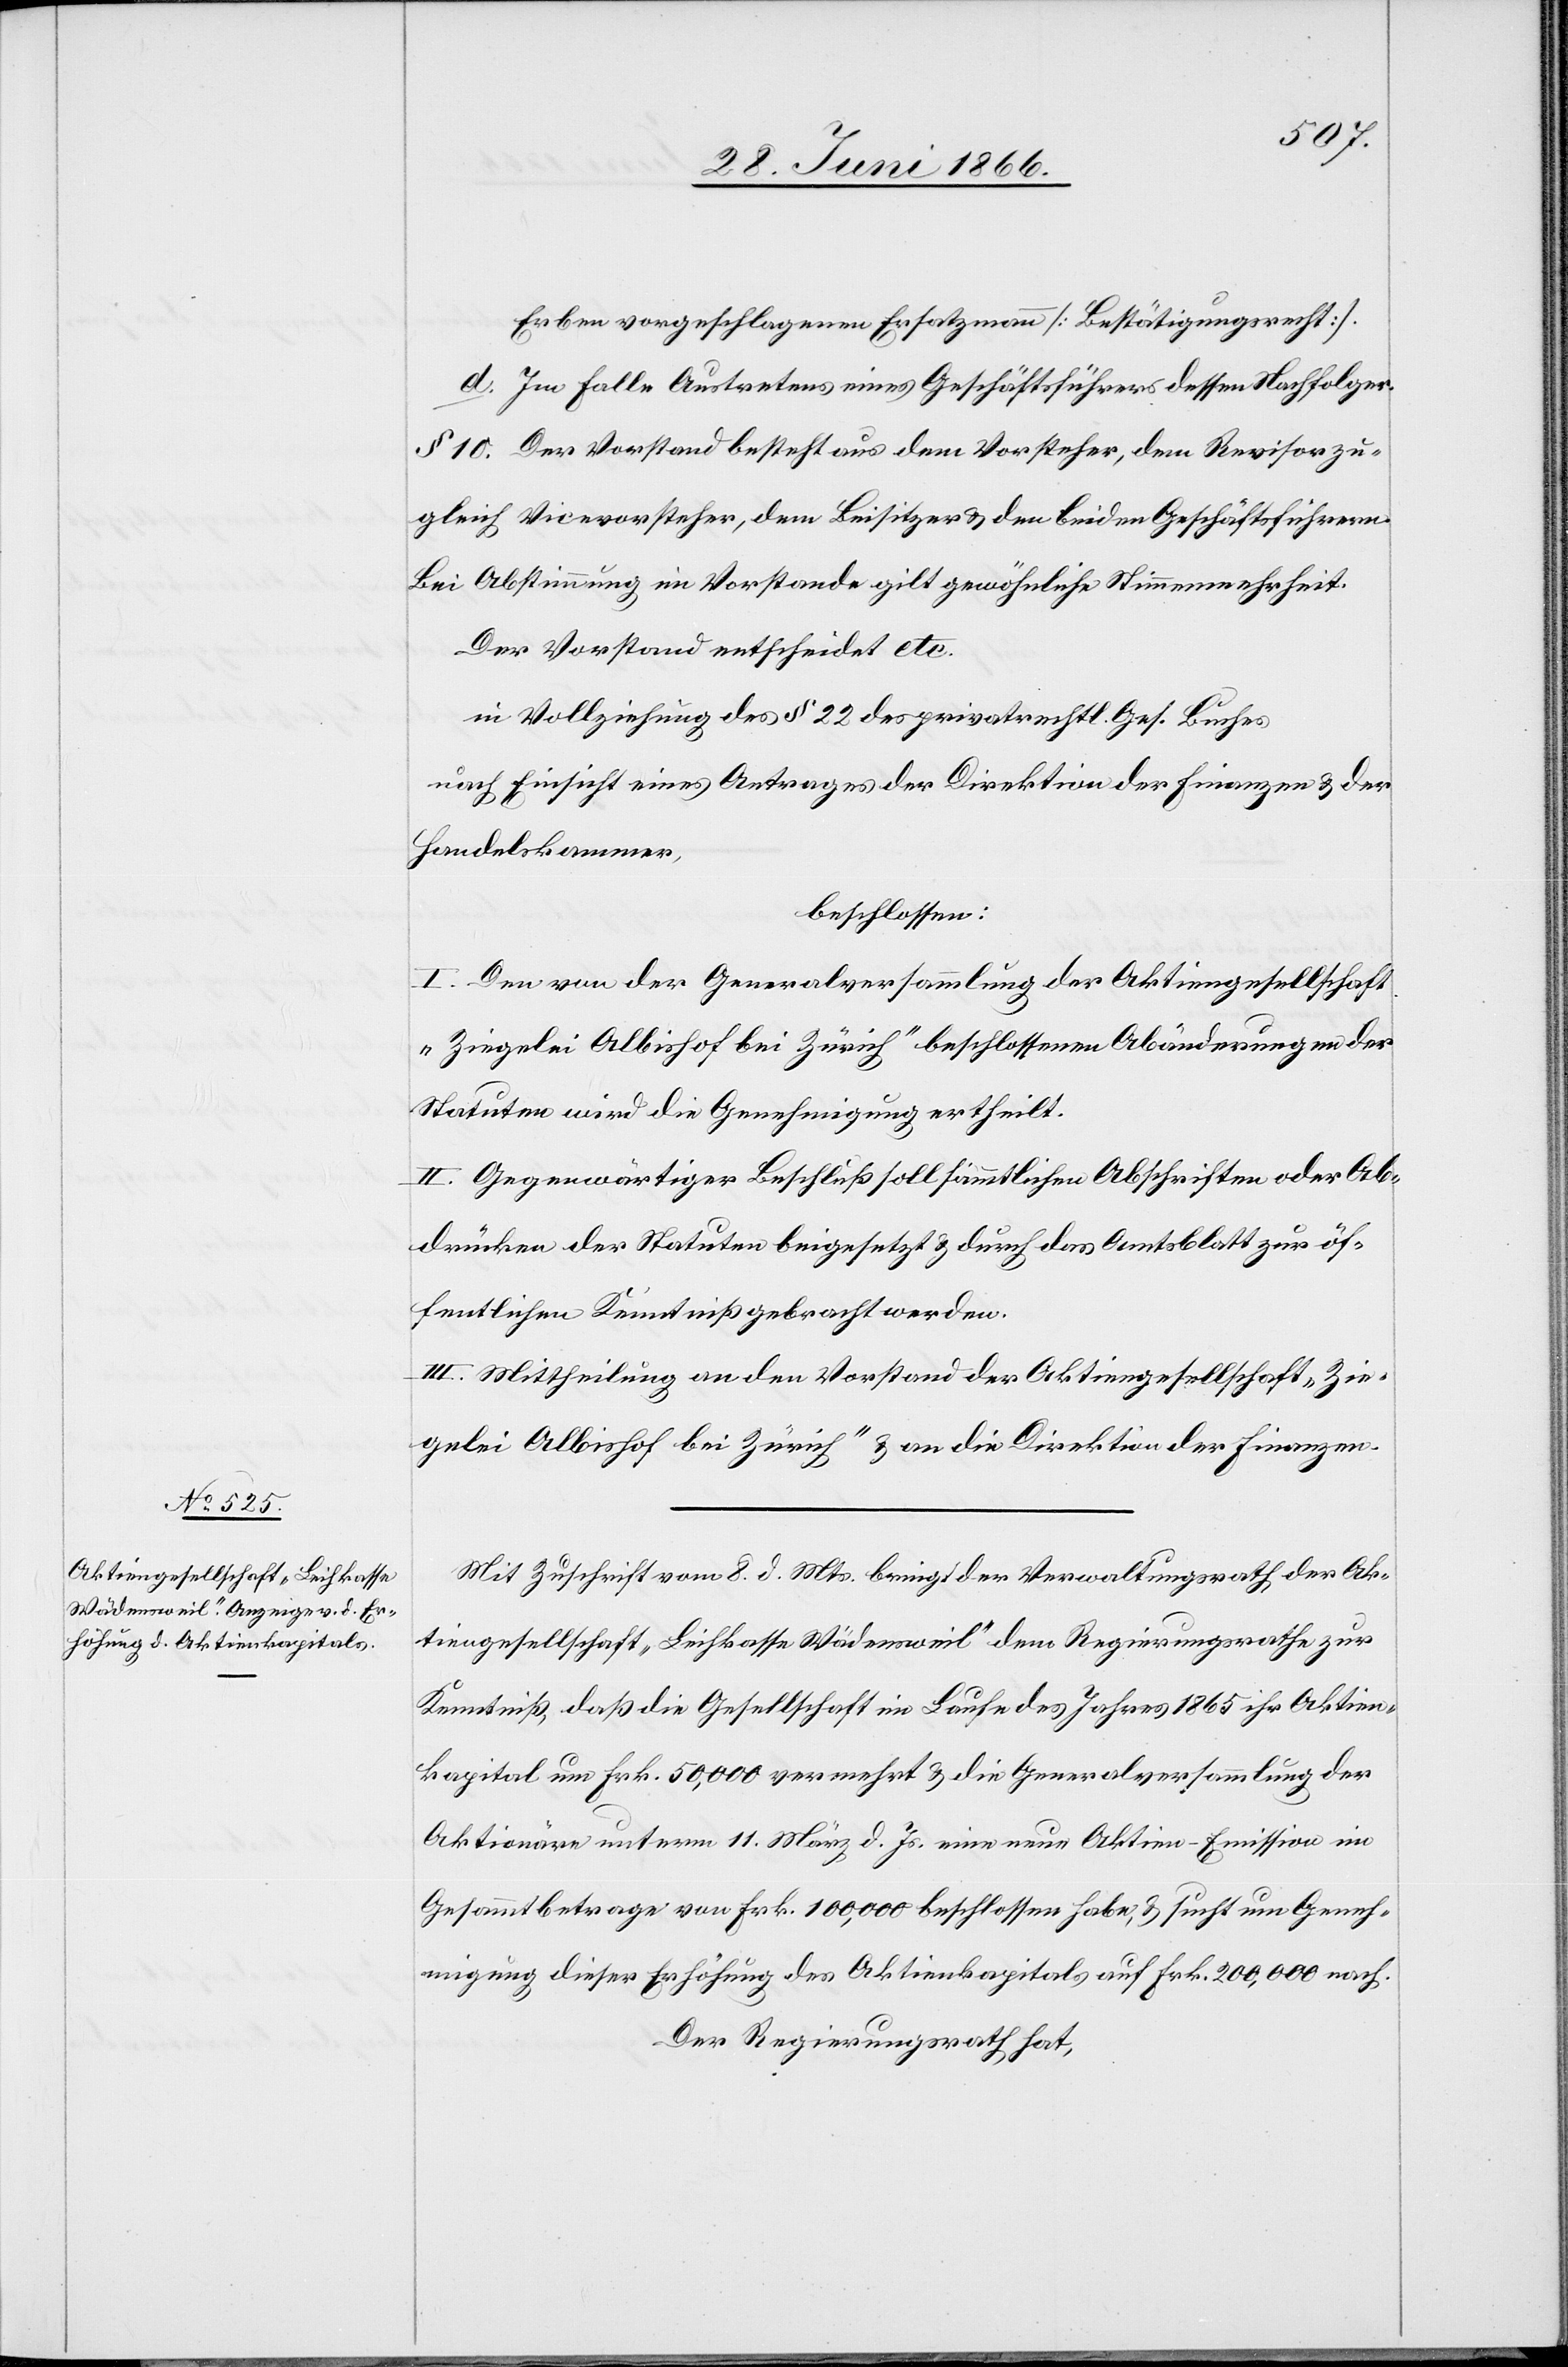
Erben vorgeschlagenen Ersatzmann [Bestätigungsrecht].
d. Im Falle Austretens eines Geschäftsführers dessen Nachfolger.
§ 10. Der Vorstand besteht aus dem Vorsteher, dem Revisor zu¬
gleich Vicevorsteher, dem Beisitzer u. den beiden Geschäftsführern.
Bei Abstimmung im Vorstand gilt gewöhnliche Stimmmehrheit.
Der Vorstand entscheidet etc.
in Vollziehung des § 22 des privatrechtl. Ges. Buches
nach Einsicht eines Antrages der Direktion der Finanzen u. der
Handelskammer,
beschlossen:
I. Den von der Generalversammlung der Aktiengesellschaft
„Ziegelei Albishof bei Zürich“ beschlossenen Abänderungen der
Statuten wird die Genehmigung ertheilt.
II. Gegenwärtiger Beschluß soll sämmtlichen Abschriften oder Ab¬
drücken der Statuten beigesetzt u. durch das Amtsblatt zur öf¬
fentlichen Kenntnißnahme gebracht werden.
III. Mittheilung an den Vorstand der Aktiengesellschaft „Zie¬
gelei Albishof bei Zürich“ u. an die Direktion der Finanzen.
Mit Zuschrift vom 8. d. Mts. bringt der Verwaltungsrath der Ak¬
tiengesellschaft „Leihkasse Wädensweil“ dem Regierungsrathe zur
Kenntniß, daß die Gesellschaft im Laufe des Jahres 1865 ihr Aktien¬
kapital um Frk. 50 000 vermehrt u. die Generalversammlung der
Aktionäre unterm 11. März d. Js. eine neue Aktien-Emission im
Gesammtbetrage von Frk. 100 000 beschlossen habe, u. sucht um Geneh¬
migung dieser Erhöhung des Aktienkapitals auf Frk. 200 000 nach.
Der Regierungsrath hat,